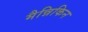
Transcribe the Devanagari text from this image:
मैन्निकिन